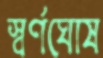
স্বর্ণঘোষ